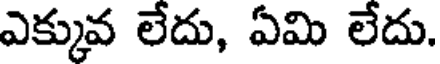
ఎక్కువ లేదు, ఏమి లేదు.